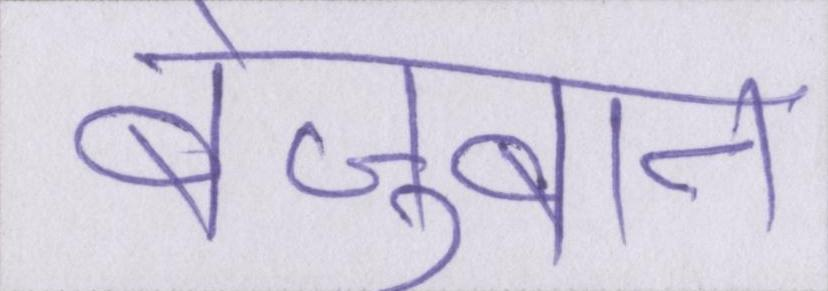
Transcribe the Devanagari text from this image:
बेज़ुबान